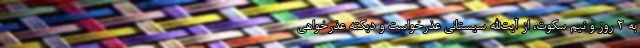
به ۲ روز و نیم سکوت، از آیت‌الله سیستانی عذرخواست و دیکته عذرخواهی